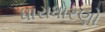
ધારાધોરણો